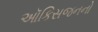
ઑકિસજનનો